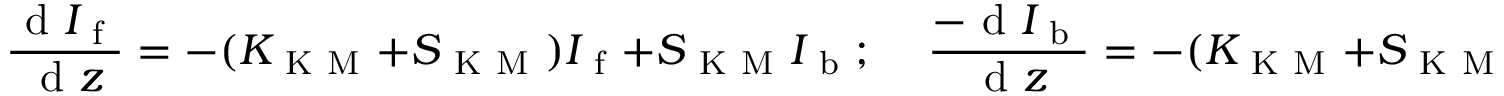
\frac { \mathrm { ~ d ~ } I _ { \mathrm { ~ f ~ } } } { \mathrm { ~ d ~ } z } = - ( K _ { \mathrm { ~ K ~ M ~ } } + S _ { \mathrm { ~ K ~ M ~ } } ) I _ { \mathrm { ~ f ~ } } + S _ { \mathrm { ~ K ~ M ~ } } I _ { \mathrm { ~ b ~ } } ; \, \, \, \, \, \, \, \frac { - \mathrm { ~ d ~ } I _ { \mathrm { ~ b ~ } } } { \mathrm { ~ d ~ } z } = - ( K _ { \mathrm { ~ K ~ M ~ } } + S _ { \mathrm { ~ K ~ M ~ } } ) I _ { \mathrm { ~ b ~ } } + S _ { \mathrm { ~ K ~ M ~ } } I _ { \mathrm { ~ f ~ } } ;